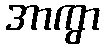
အာကွာ